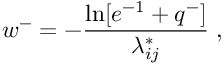
w ^ { - } = - \frac { \ln [ e ^ { - 1 } + q ^ { - } ] } { \lambda _ { i j } ^ { * } } \; ,